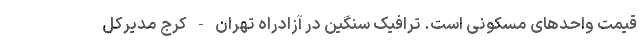
قیمت واحد‌های مسکونی است. ترافیک سنگین در آزادراه تهران - کرج مدیرکل